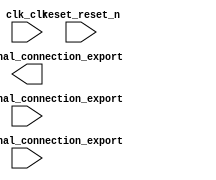

module Lab1_led_sys (
	clk_clk,
	pio_0_external_connection_export,
	pio_1_external_connection_export,
	pio_2_external_connection_export,
	reset_reset_n);	

	input		clk_clk;
	output	[7:0]	pio_0_external_connection_export;
	input	[3:0]	pio_1_external_connection_export;
	input		pio_2_external_connection_export;
	input		reset_reset_n;
endmodule